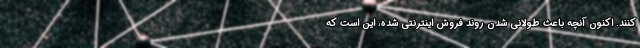
کنند. اکنون آنچه باعث طولانی شدن روند فروش اینترنتی شده، این است که